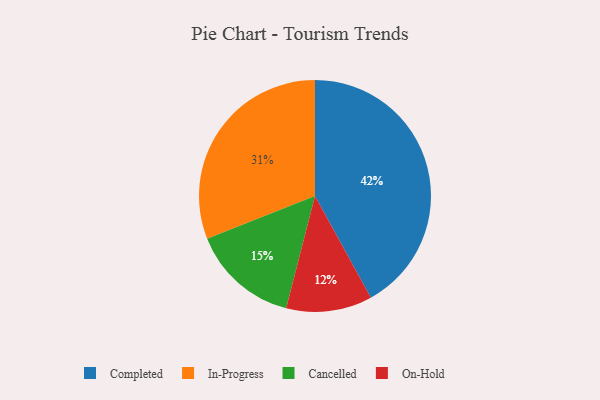
{"axis": {"x": "Category", "y": "Percentage"}, "legend": ["Cancelled", "Completed", "In-Progress", "On-Hold"], "data": [{"x": "In-Progress", "y": 31, "type": "In-Progress"}, {"x": "On-Hold", "y": 12, "type": "On-Hold"}, {"x": "Completed", "y": 42, "type": "Completed"}, {"x": "Cancelled", "y": 15, "type": "Cancelled"}]}